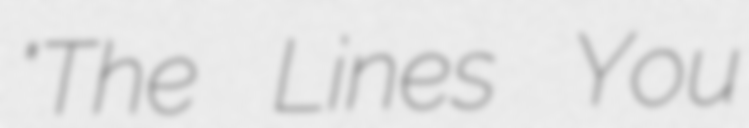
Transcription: "The Lines You